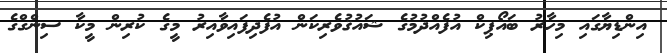
އިންޑިޔާގައި މިހާރު ބައޯޕިކް އުފެއްދުމުގެ ޝައުޤުވެރިކަން އުފެދިފައިވާއިރު މީގެ ކުރިން މީކާ ސިންގްގެ